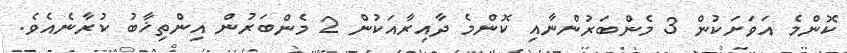
ކޮންމެ އަވަށަކުން 3 މެންބަރުންނާއި ކޮންމެ ދާއިރާއަކުން 2 މެންބަރުން އިންތިޚާބު ކުރާނެއެވެ.